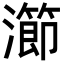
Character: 瀄